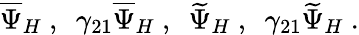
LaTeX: \overline{{{\Psi}}}_{H}~,~~\gamma_{21}\overline{{{\Psi}}}_{H}~,~~\widetilde{\Psi}_{H}~,~~\gamma_{21}\widetilde{\Psi}_{H}~.